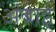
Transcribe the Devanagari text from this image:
अंबाई